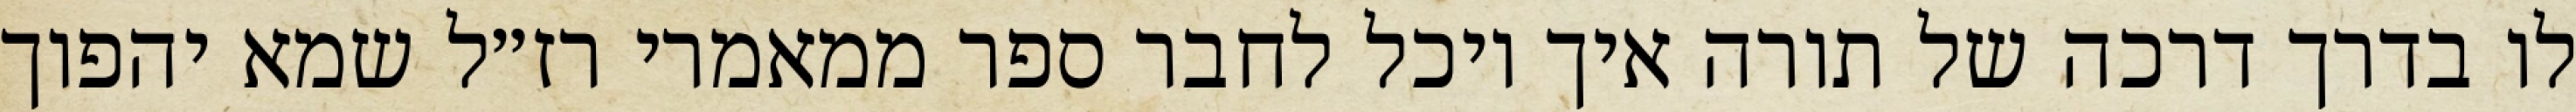
לו בדרך דרכה של תורה איך יוכל לחבר ספר ממאמרי רז״ל שמא יהפוך